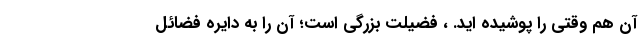
آن هم وقتی را پوشیده اید. ، فضیلت بزرگی است؛ آن را به دایره فضائل